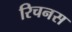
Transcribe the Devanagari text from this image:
रिचनस